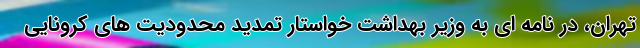
تهران، در نامه ای به وزیر بهداشت خواستار تمدید محدودیت های کرونایی